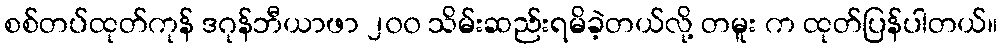
စစ်တပ်ထုတ်ကုန် ဒဂုန်ဘီယာဖာ ၂၀၀ သိမ်းဆည်းရမိခဲ့တယ်လို့ တမူး က ထုတ်ပြန်ပါတယ်။